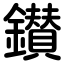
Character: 鑚